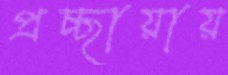
প্রচ্ছায়ায়